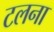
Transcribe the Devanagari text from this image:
टलना